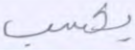
يكسب